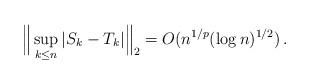
LaTeX: \begin{align*} \Big \Vert \sup_{k \leq n} |S_k-T_k| \Big \Vert_2 = O (n^{1/p} (\log n)^{ 1/2 } ) \, .\end{align*}